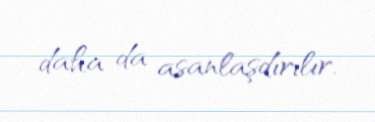
daha da asanlaşdırılır.